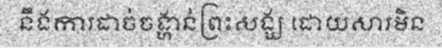
នឹងការដាច់ចង្ហាន់ព្រះសង្ឃ ដោយសារមិន